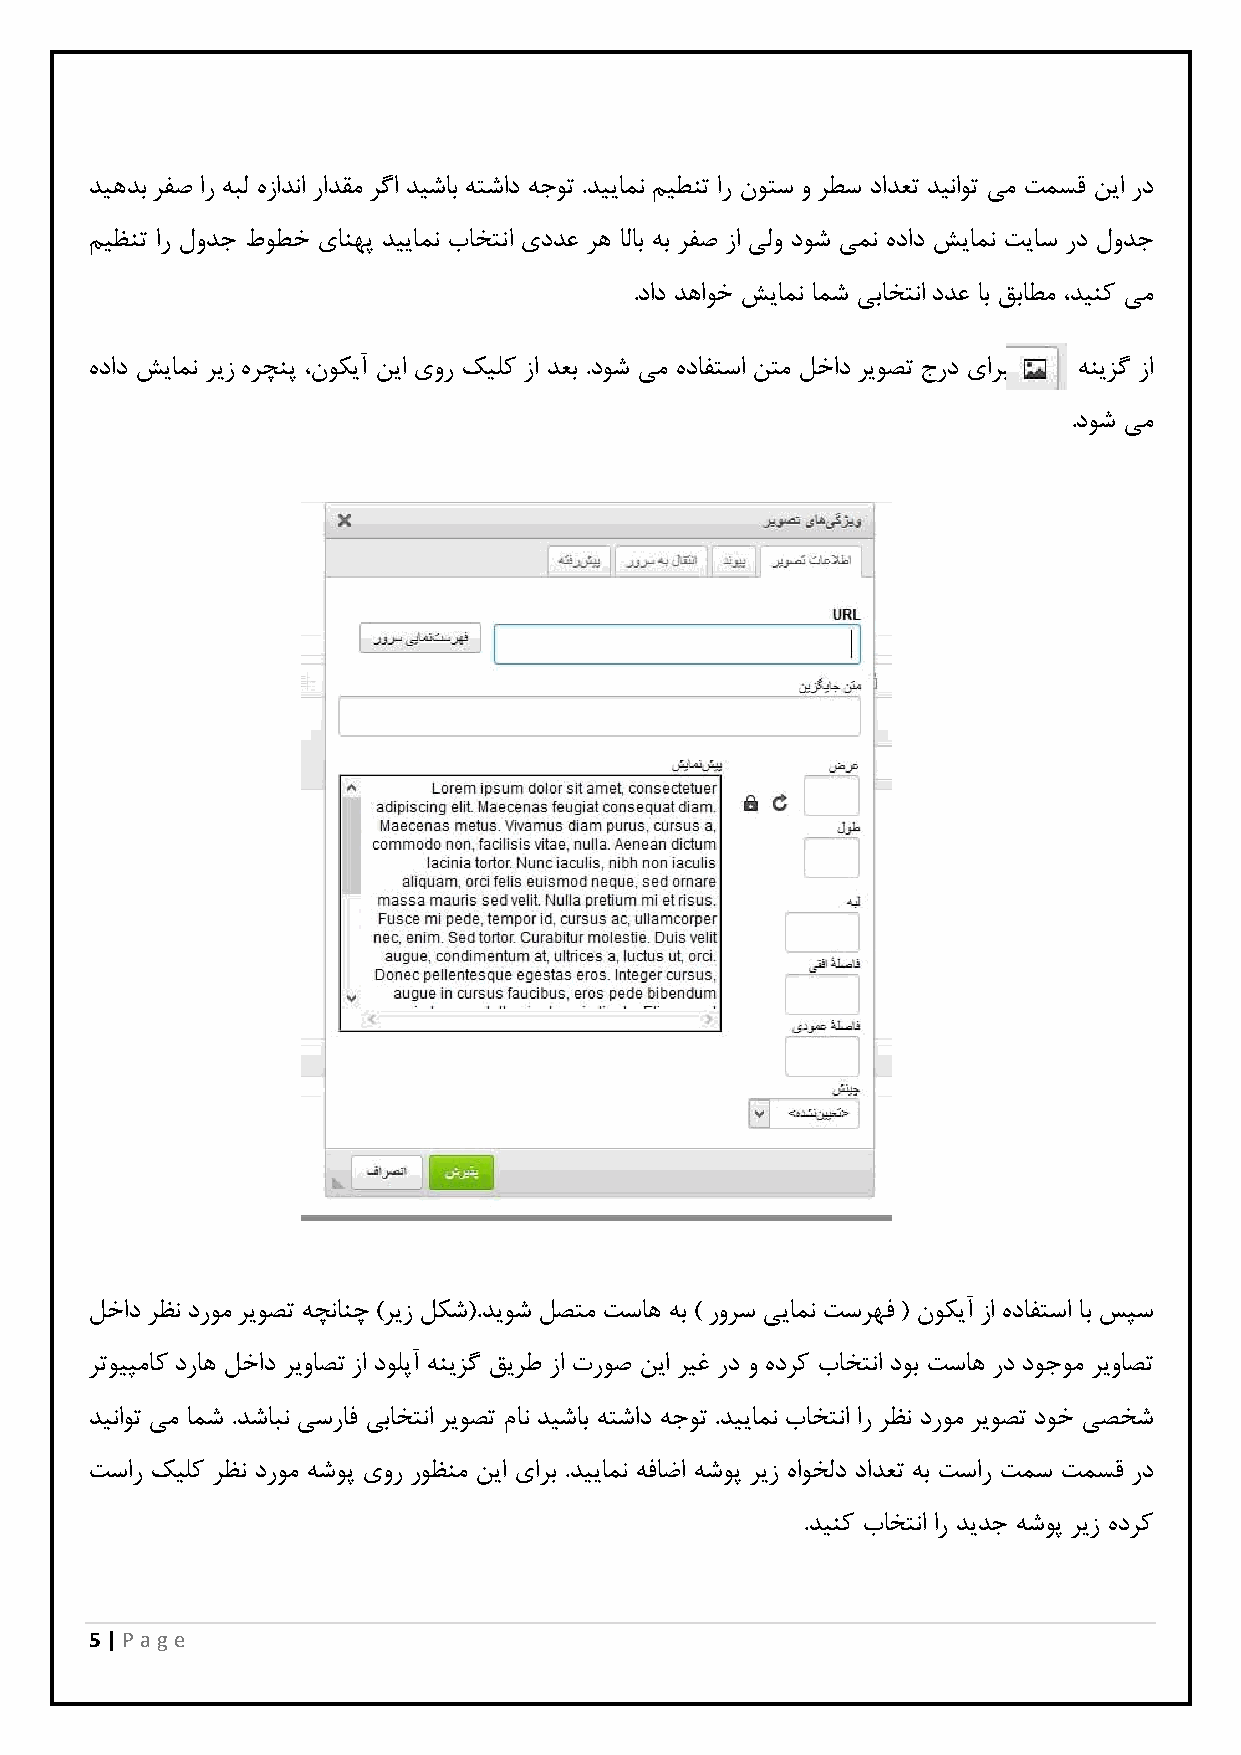
دیهدب رفص ار هبل هزادنا رادقم رگا دیشاب هتشاد هجوت .دییامن میطنت ار نوتس و رطس دادعت دیناوت یم تمسق نیا رد
 میظنت ار لودج طوطخ یانهپ دییامن باختنا یددع ره الاب هب رفص زا یلو دوش یمن هداد شیامن تیاس رد لودج
 .داد دهاوخ شیامن امش یباختنا ددع اب قباطم ،دینک یم
 هداد شیامن ریز هرچنپ ،نوکیآ نیا یور کیلک زا دعب .دوش یم هدافتسا نتم لخاد ریوصت جرد یارب هنیزگ زا
 .دوش یم
 لخاد رظن دروم ریوصت هچنانچ )ریز لکش(.دیوش لصتم تساه هب ) رورس ییامن تسرهف ( نوکیآ زا هدافتسا اب سپس
 رتویپماک دراه لخاد ریواصت زا دولپآ هنیزگ قیرط زا تروص نیا ریغ رد و هدرک باختنا دوب تساه رد دوجوم ریواصت
 دیناوت یم امش .دشابن یسراف یباختنا ریوصت مان دیشاب هتشاد هجوت .دییامن باختنا ار رظن دروم ریوصت دوخ یصخش
 تسار کیلک رظن دروم هشوپ یور روظنم نیا یارب .دییامن هفاضا هشوپ ریز هاوخلد دادعت هب تسار تمس تمسق رد
 .دینک باختنا ار دیدج هشوپ ریز هدرک
 5 | P age